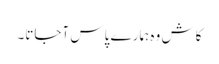
کاش وہ ہمارے پاس آجاتا۔